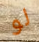
لو